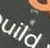
تماما